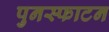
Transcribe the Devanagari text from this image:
पुनस्फाटन